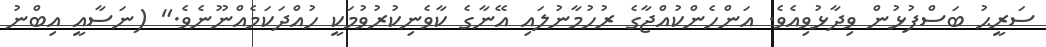
ސަރީޙު ބަސްފުޅުން ވިދާޅުވިއެވެ. އަންހެންކުއްޖާގެ ރުހުމާނުލައި އޭނާގެ ކާވެނިކުރުވުމަކީ ހުއްދަކަމެއްނޫނެވެ." (ނަސާއީ އިބްނު